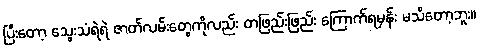
ပြီးတော့ သွေးသံရဲရဲ ဇာတ်လမ်းတွေကိုလည်း တဖြည်းဖြည်း ကြောက်ရမှန်း မသိတော့ဘူး။